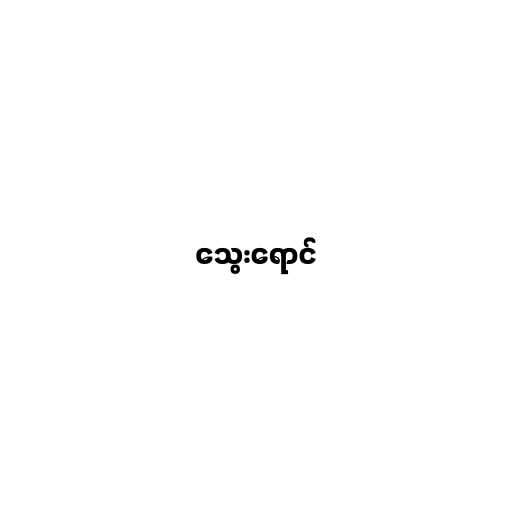
သွေးရောင်